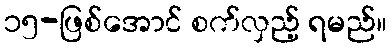
၁၅-ဖြစ်အောင် စက်လှည့် ရမည်။